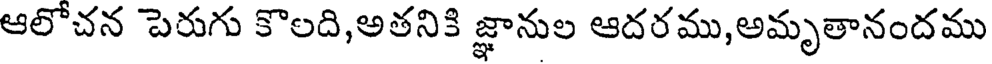
ఆలోచన పెరుగు కొలది,అతనికి జ్ఞానుల ఆదరము,అమృతానందము